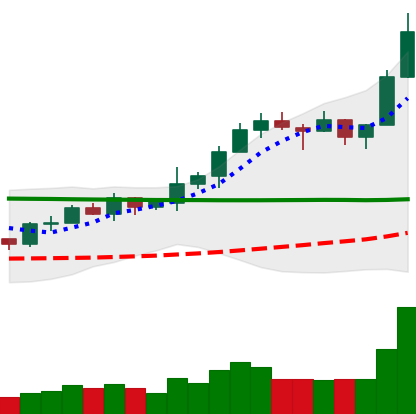
Ticker: XRP-USD
Chart end date: 2020-02-13
Forward return: -8.813%
Label: down_7plus